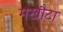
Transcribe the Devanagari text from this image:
मखौटा